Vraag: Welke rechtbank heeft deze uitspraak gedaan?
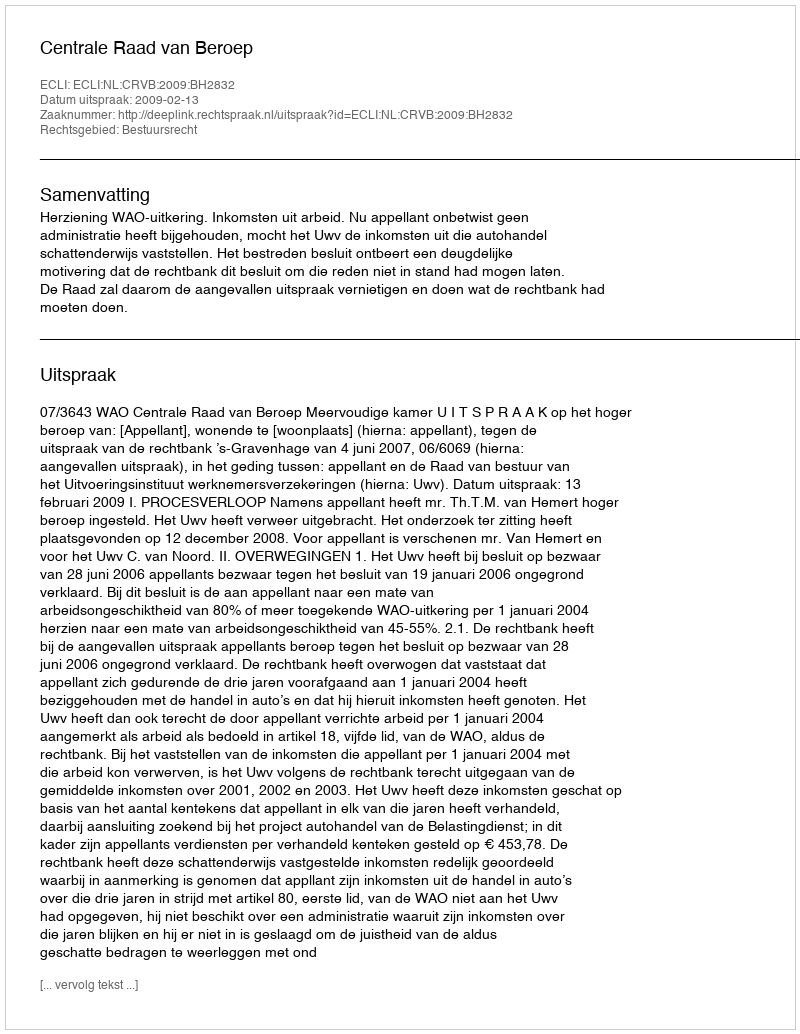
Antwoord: Centrale Raad van Beroep